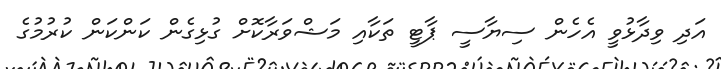
އަދި ވިދާޅުވީ އެހެން ސިޔާސީ ޕާޓީ ތަކާއި މަޝްވަރާކޮށް ގުޅިގެން ކަންކަން ކުރުމުގެ